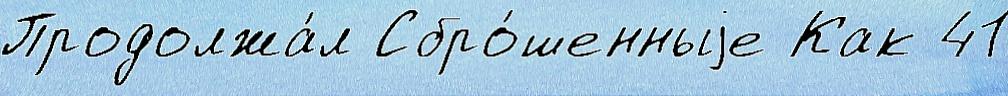
Продолжа́л Сбро́шенныjе Как 41